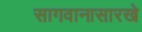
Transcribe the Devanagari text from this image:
सागवानासारखे